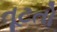
તૂટતો